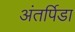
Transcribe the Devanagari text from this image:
अंतर्पिडा